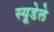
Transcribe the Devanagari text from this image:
स्यूडेले